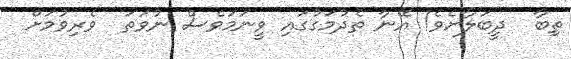
ތިބާ  ދީބަލާށެވެ! އޭނާ ތެދުމަގުގައި ވީނަމަވެސް ނުވަތަ  ވެރިވުމަށް